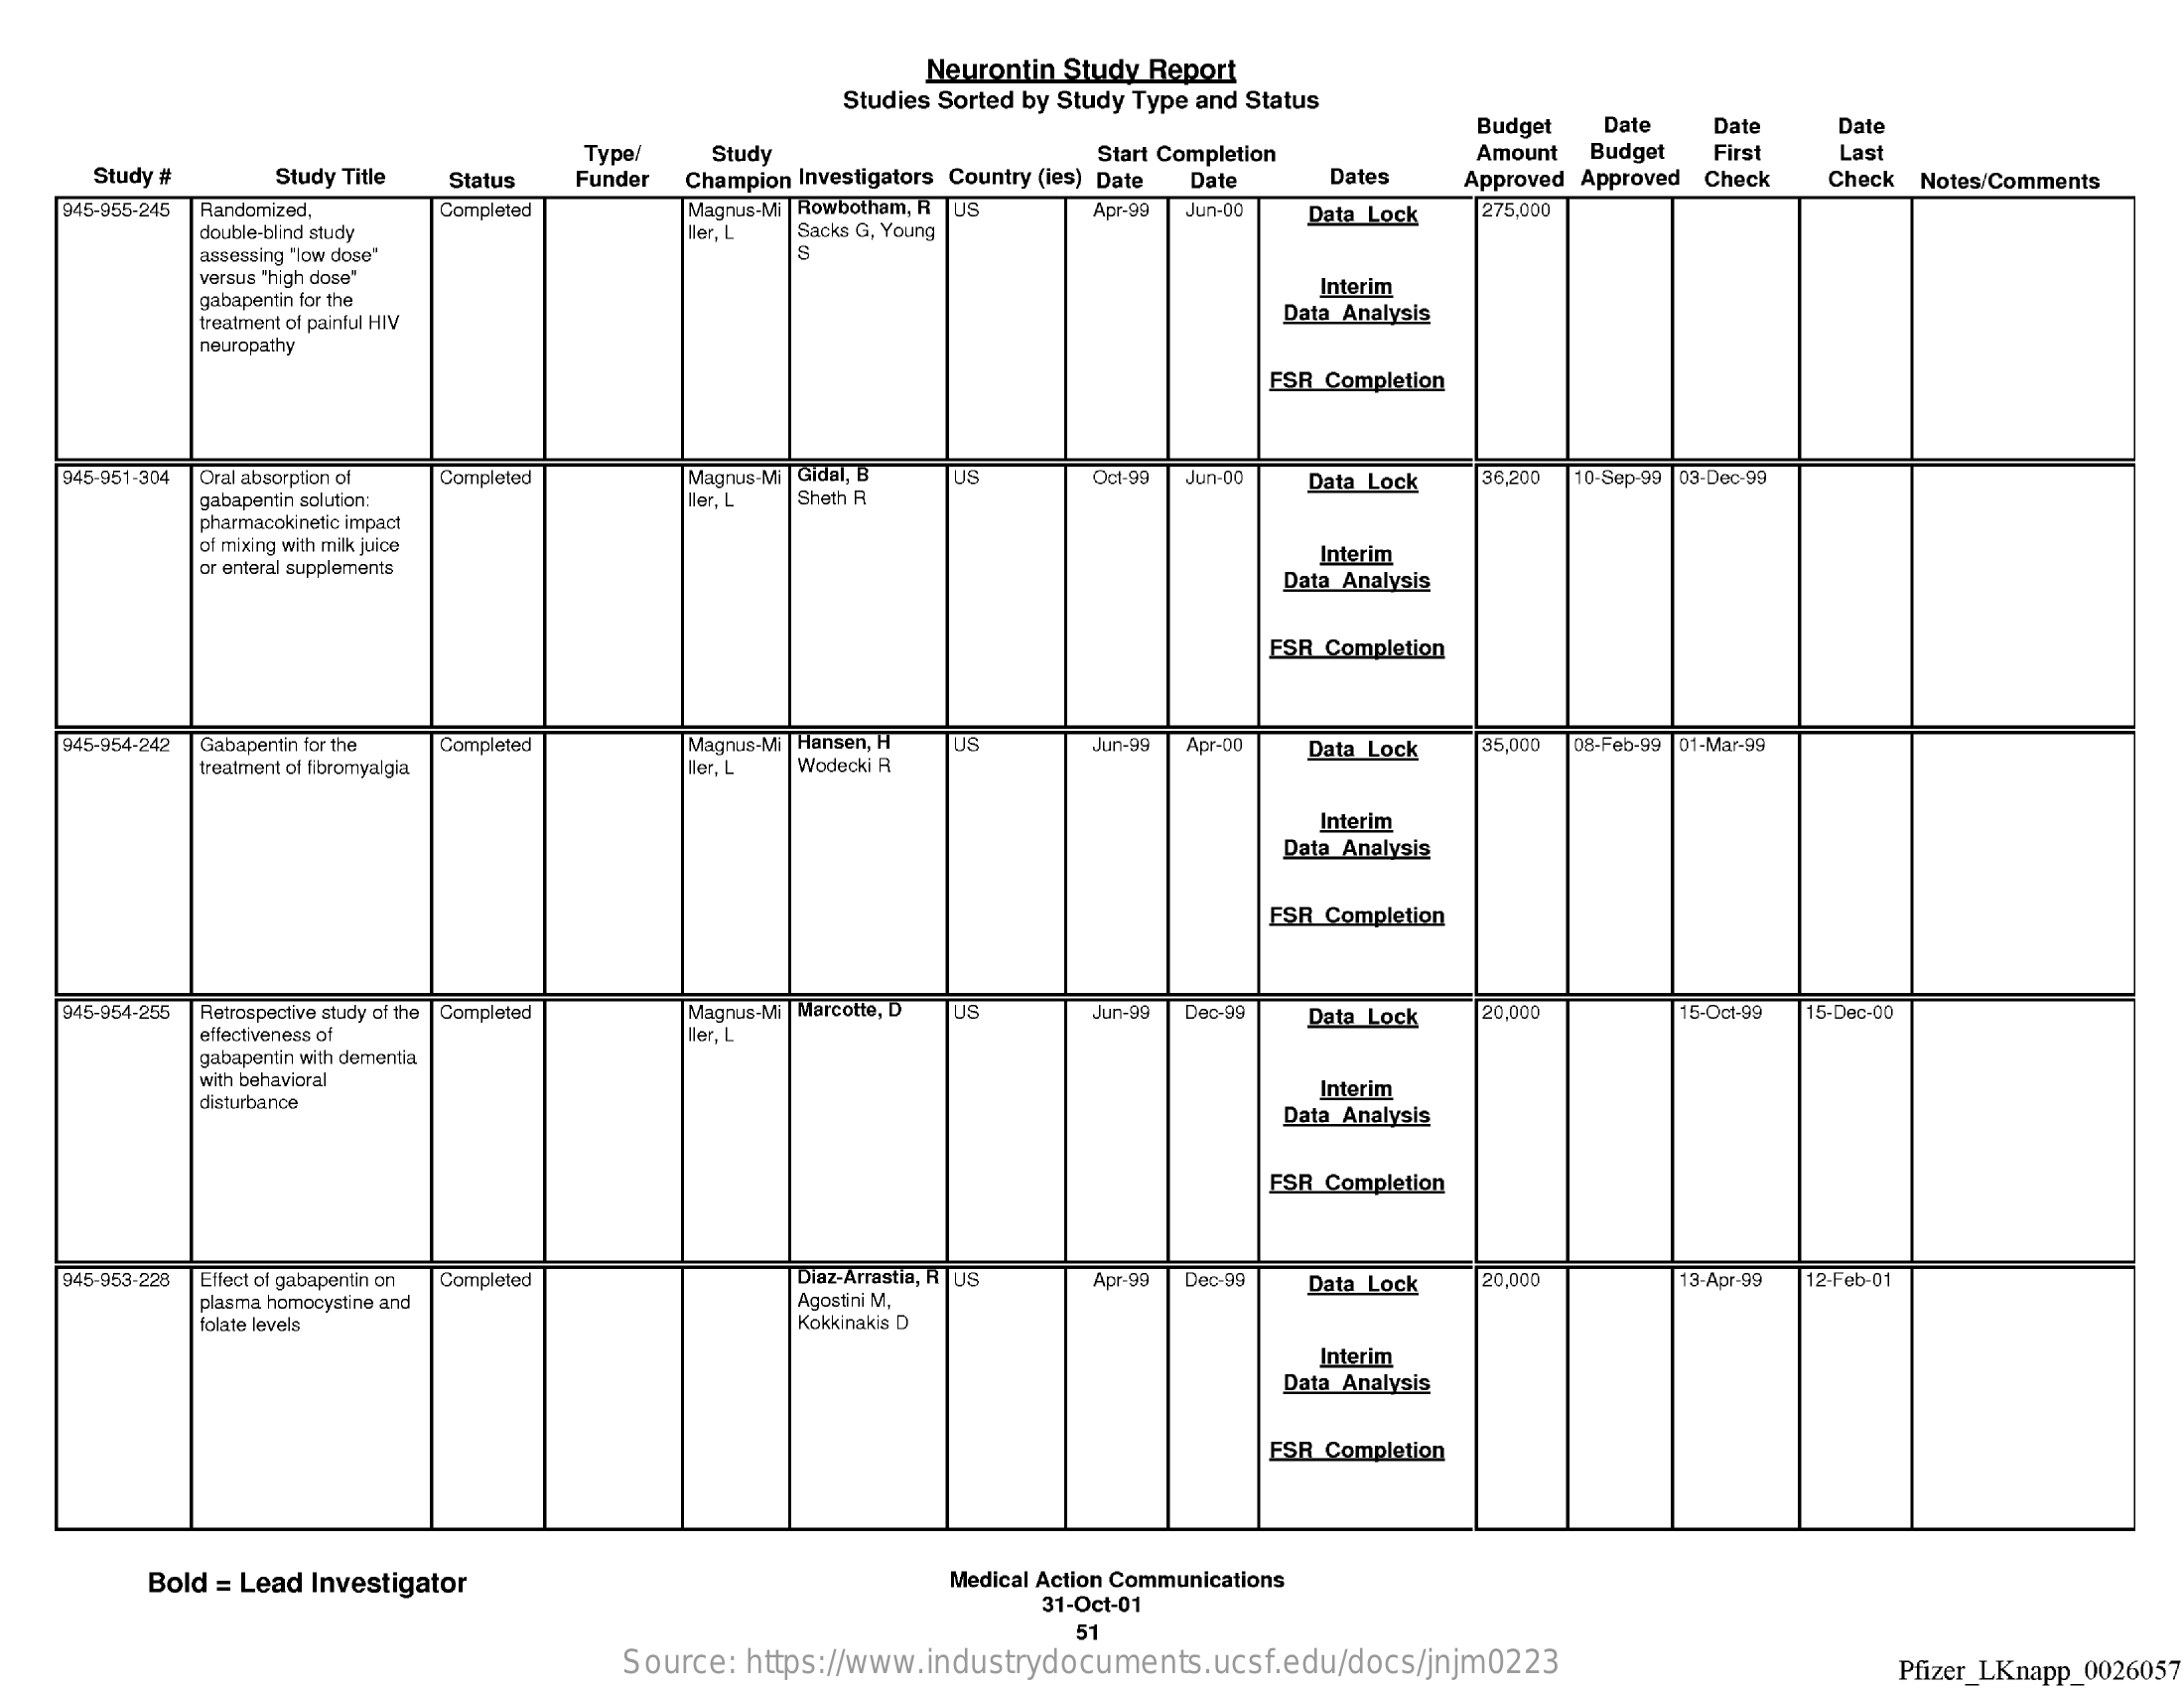
Neurontin Study Report
     Studies Sorted by Study Type and Status
     Budget  Date   Date   Date
     Study #    Study Title
     Type/   Study
     Champion Investigators Country (les) Date
     Start Completion
     Dates
     Amount Budget  First   Last
     Status Funder    Date    Approved Approved Check Check Notes/Comments
    945-955-245 Randomized, Completed    Magnus.Mi| Rowbotham, R US
     double-blind study    ller, L Sacks G, Young
     Apr-99 Jun-00 Data Lock 275,000
     assessing "low dose"
     versus "high dose"
     gabapentin for the
     Interim
     treatment of painful HIV    Data Analysis
     neuropathy
     FSR Completion
    945-951-304 Oral absorption of Completed Magnus-Mi | Gidal, B
     ller. L Sheth R
     US    Oct-99 Jun-00 Data Lock 36.200 10-Sep-99 |03-Dec-99
     gabapentin solution:
     pharmacokinetic impact
     of mixing with milk juice
     or enteral supplements
     Interim
     Data Analysis
     ESR Completion
    945-954-242 Gabapentin for the Completed Magnus-Mi |Hansen, H US Jun-99 Apr-DD Data Lock 35,000
     Wodecki R
     08-Feb-99 D1-Mar-99
     treatment of fibromyalgia    ller, L
     Interim
     Data Analysis
     FSR Completion
    945-954-255 Retrospective study of the | Completed Magnus-Mi | Marcotte, D US Jun-99 Dec-99 Data Lock 20,000
     ller, L
     15-Oct-99 15-Dec-00
     effectiveness of
     gabapentin with dementia
     with behavioral
     disturbance
     Interim
     Data Analysis
     FSR Completion
    945-953-226 Effect of gabapentin on Completed Diaz-Arrastia, R US Apr-99 Dec-99
     Agostini M,
     Data Lock 20,000    13-Apr-99 12-Feb-01
     plasma homocystine and
     folate levels    Kokkinakis D
     Interim
     Data Analysis
     ESR Completion
     Bold = Lead Investigator    Medical Action Communications
     31-Oct-01
     51
     Source: https://www.industrydocuments.ucsf.edu/docs/jnjm0223    Pfizer_LKnapp_0026057